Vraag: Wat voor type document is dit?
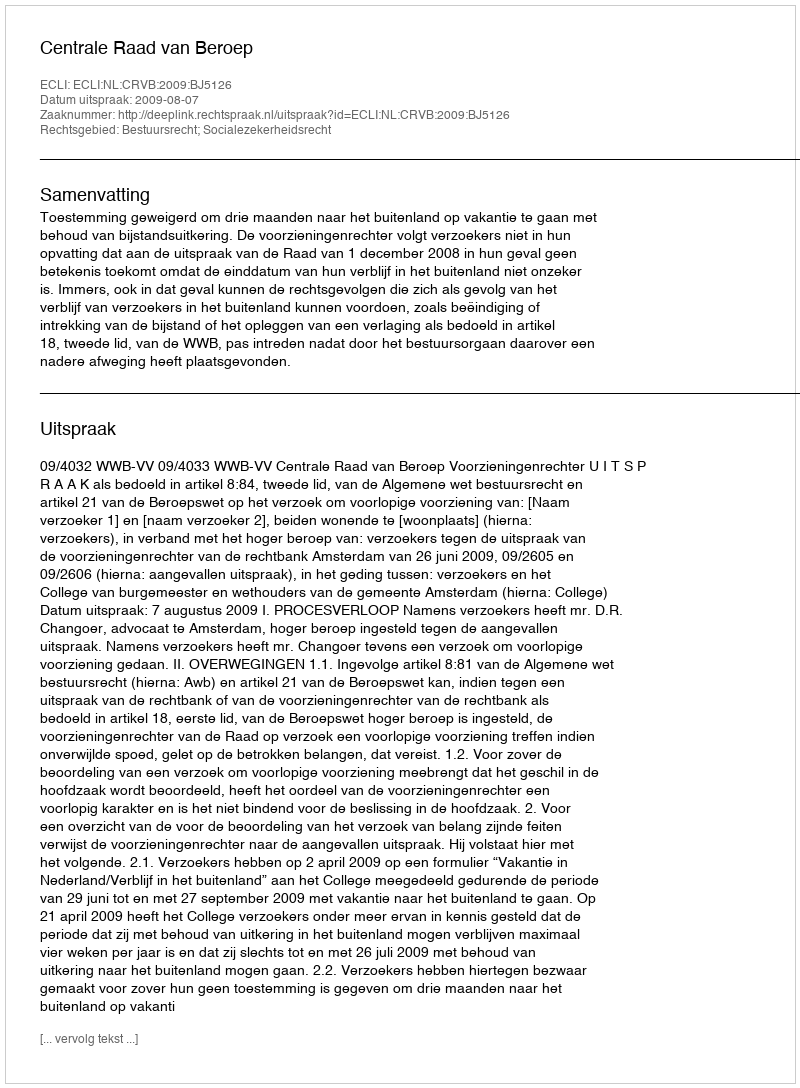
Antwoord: Uitspraak